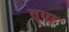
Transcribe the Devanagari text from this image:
तृपा